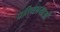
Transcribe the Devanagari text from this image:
प्रतिच्छायाओं